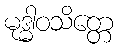
မုဒ္ဓါဝသိတ္တေ